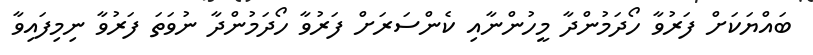
ބައްޔަކަށް ފަރުވާ ހޯދަމުންދާ މީހުންނާއި ކެންސަރަށް ފަރުވާ ހޯދަމުންދާ ނުވަތަ ފަރުވާ ނިމިފައިވާ